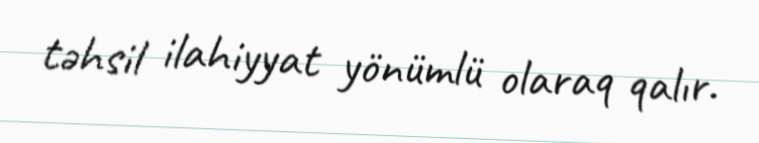
təhsil ilahiyyat yönümlü olaraq qalır.